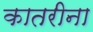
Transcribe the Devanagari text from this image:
कातरीना